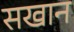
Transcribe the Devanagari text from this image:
सखान